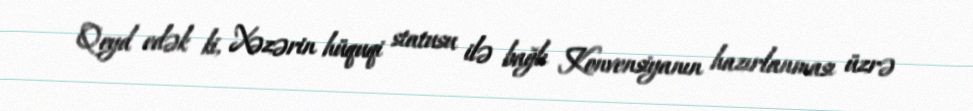
Qeyd edək ki, Xəzərin hüquqi statusu ilə bağlı Konvensiyanın hazırlanması üzrə